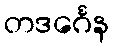
တဒင်္ဂေန